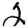
Digit: 2